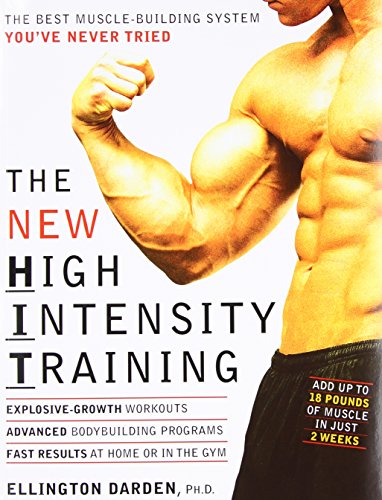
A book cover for The New High Intensity Training: The Best Muscle-Building System You've Never Tried; Ellington Darden; Health, Fitness & Dieting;